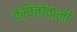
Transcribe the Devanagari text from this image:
कवित्तोंवाली